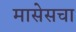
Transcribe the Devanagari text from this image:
मासेसचा